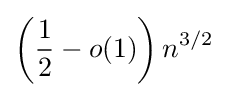
\left({\frac {1}{2}}-o(1)\right)n^{3/2}